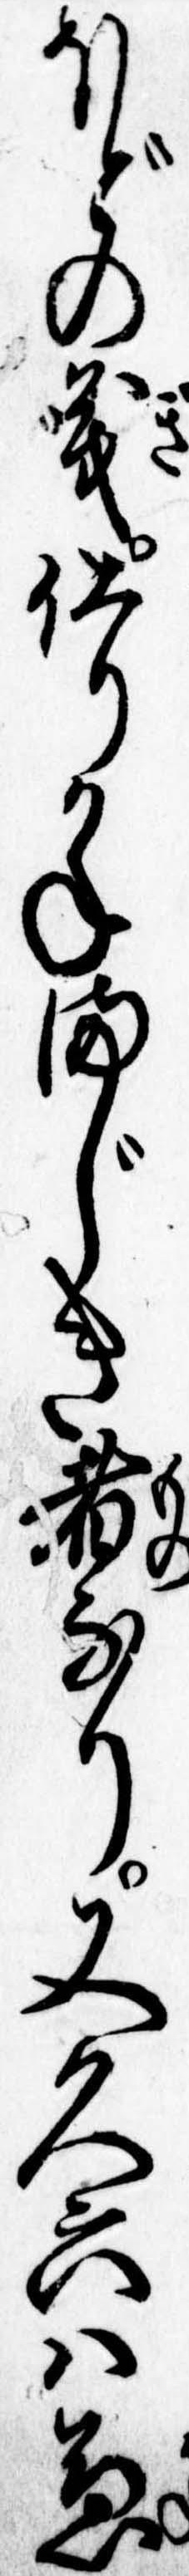
ほどの義仕りかねまじき者なり又久六は兼